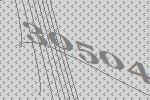
30504